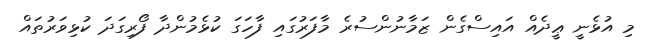
މި އުޅެނީ ޢީދެއް އައިސްގެން ޒަމާނުންސުރެ މާފަރުގައި ފާހަގަ ކުޅެމުންދާ ފޯރިގަދަ ކުޅިވަރުތައް